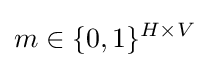
m\in \{0,1\}^{H\times V}